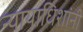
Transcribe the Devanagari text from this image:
न्यायाधिशांनी